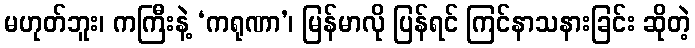
မဟုတ်ဘူး၊ ကကြီးနဲ့ ‘ကရုဏာ’၊ မြန်မာလို ပြန်ရင် ကြင်နာသနားခြင်း ဆိုတဲ့